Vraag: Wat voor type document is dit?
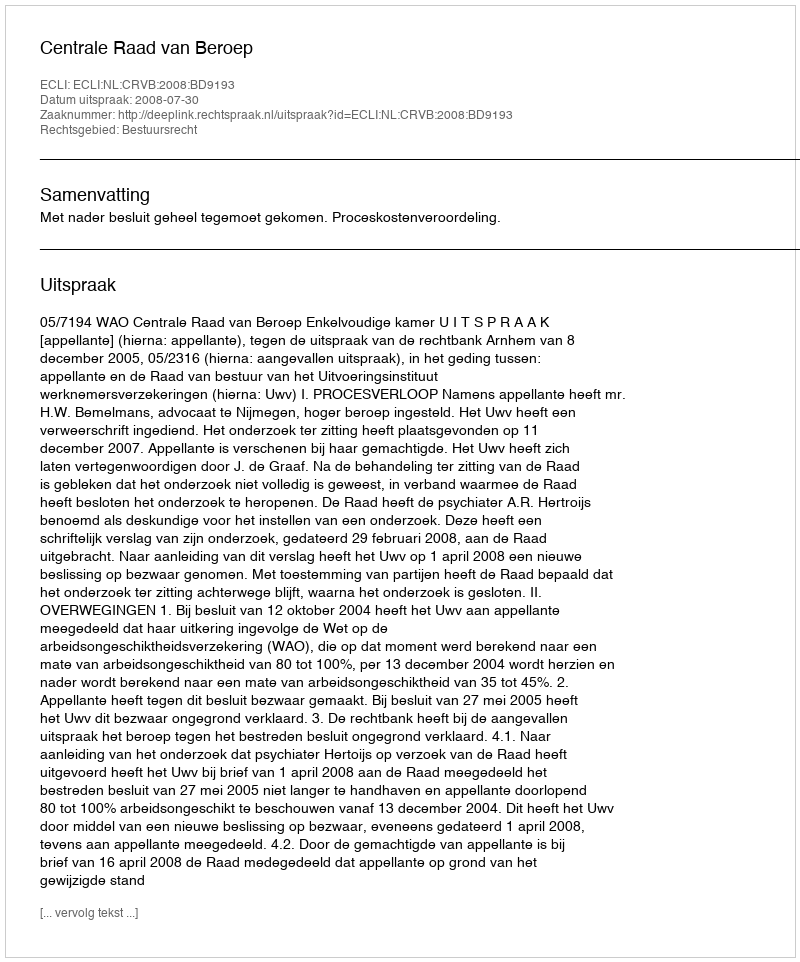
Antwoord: Uitspraak